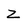
Character: Z